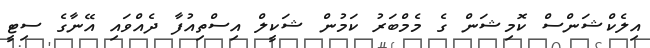
އިލެކްޝަންސް ކޮމިޝަން ގެ މެމްބަރު ކަމުން ޝަކީލް އިސްތިއުފާ ދެއްވައި އޭނާގެ ސިޓީ